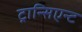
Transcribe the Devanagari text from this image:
ट्रान्सिएन्ट